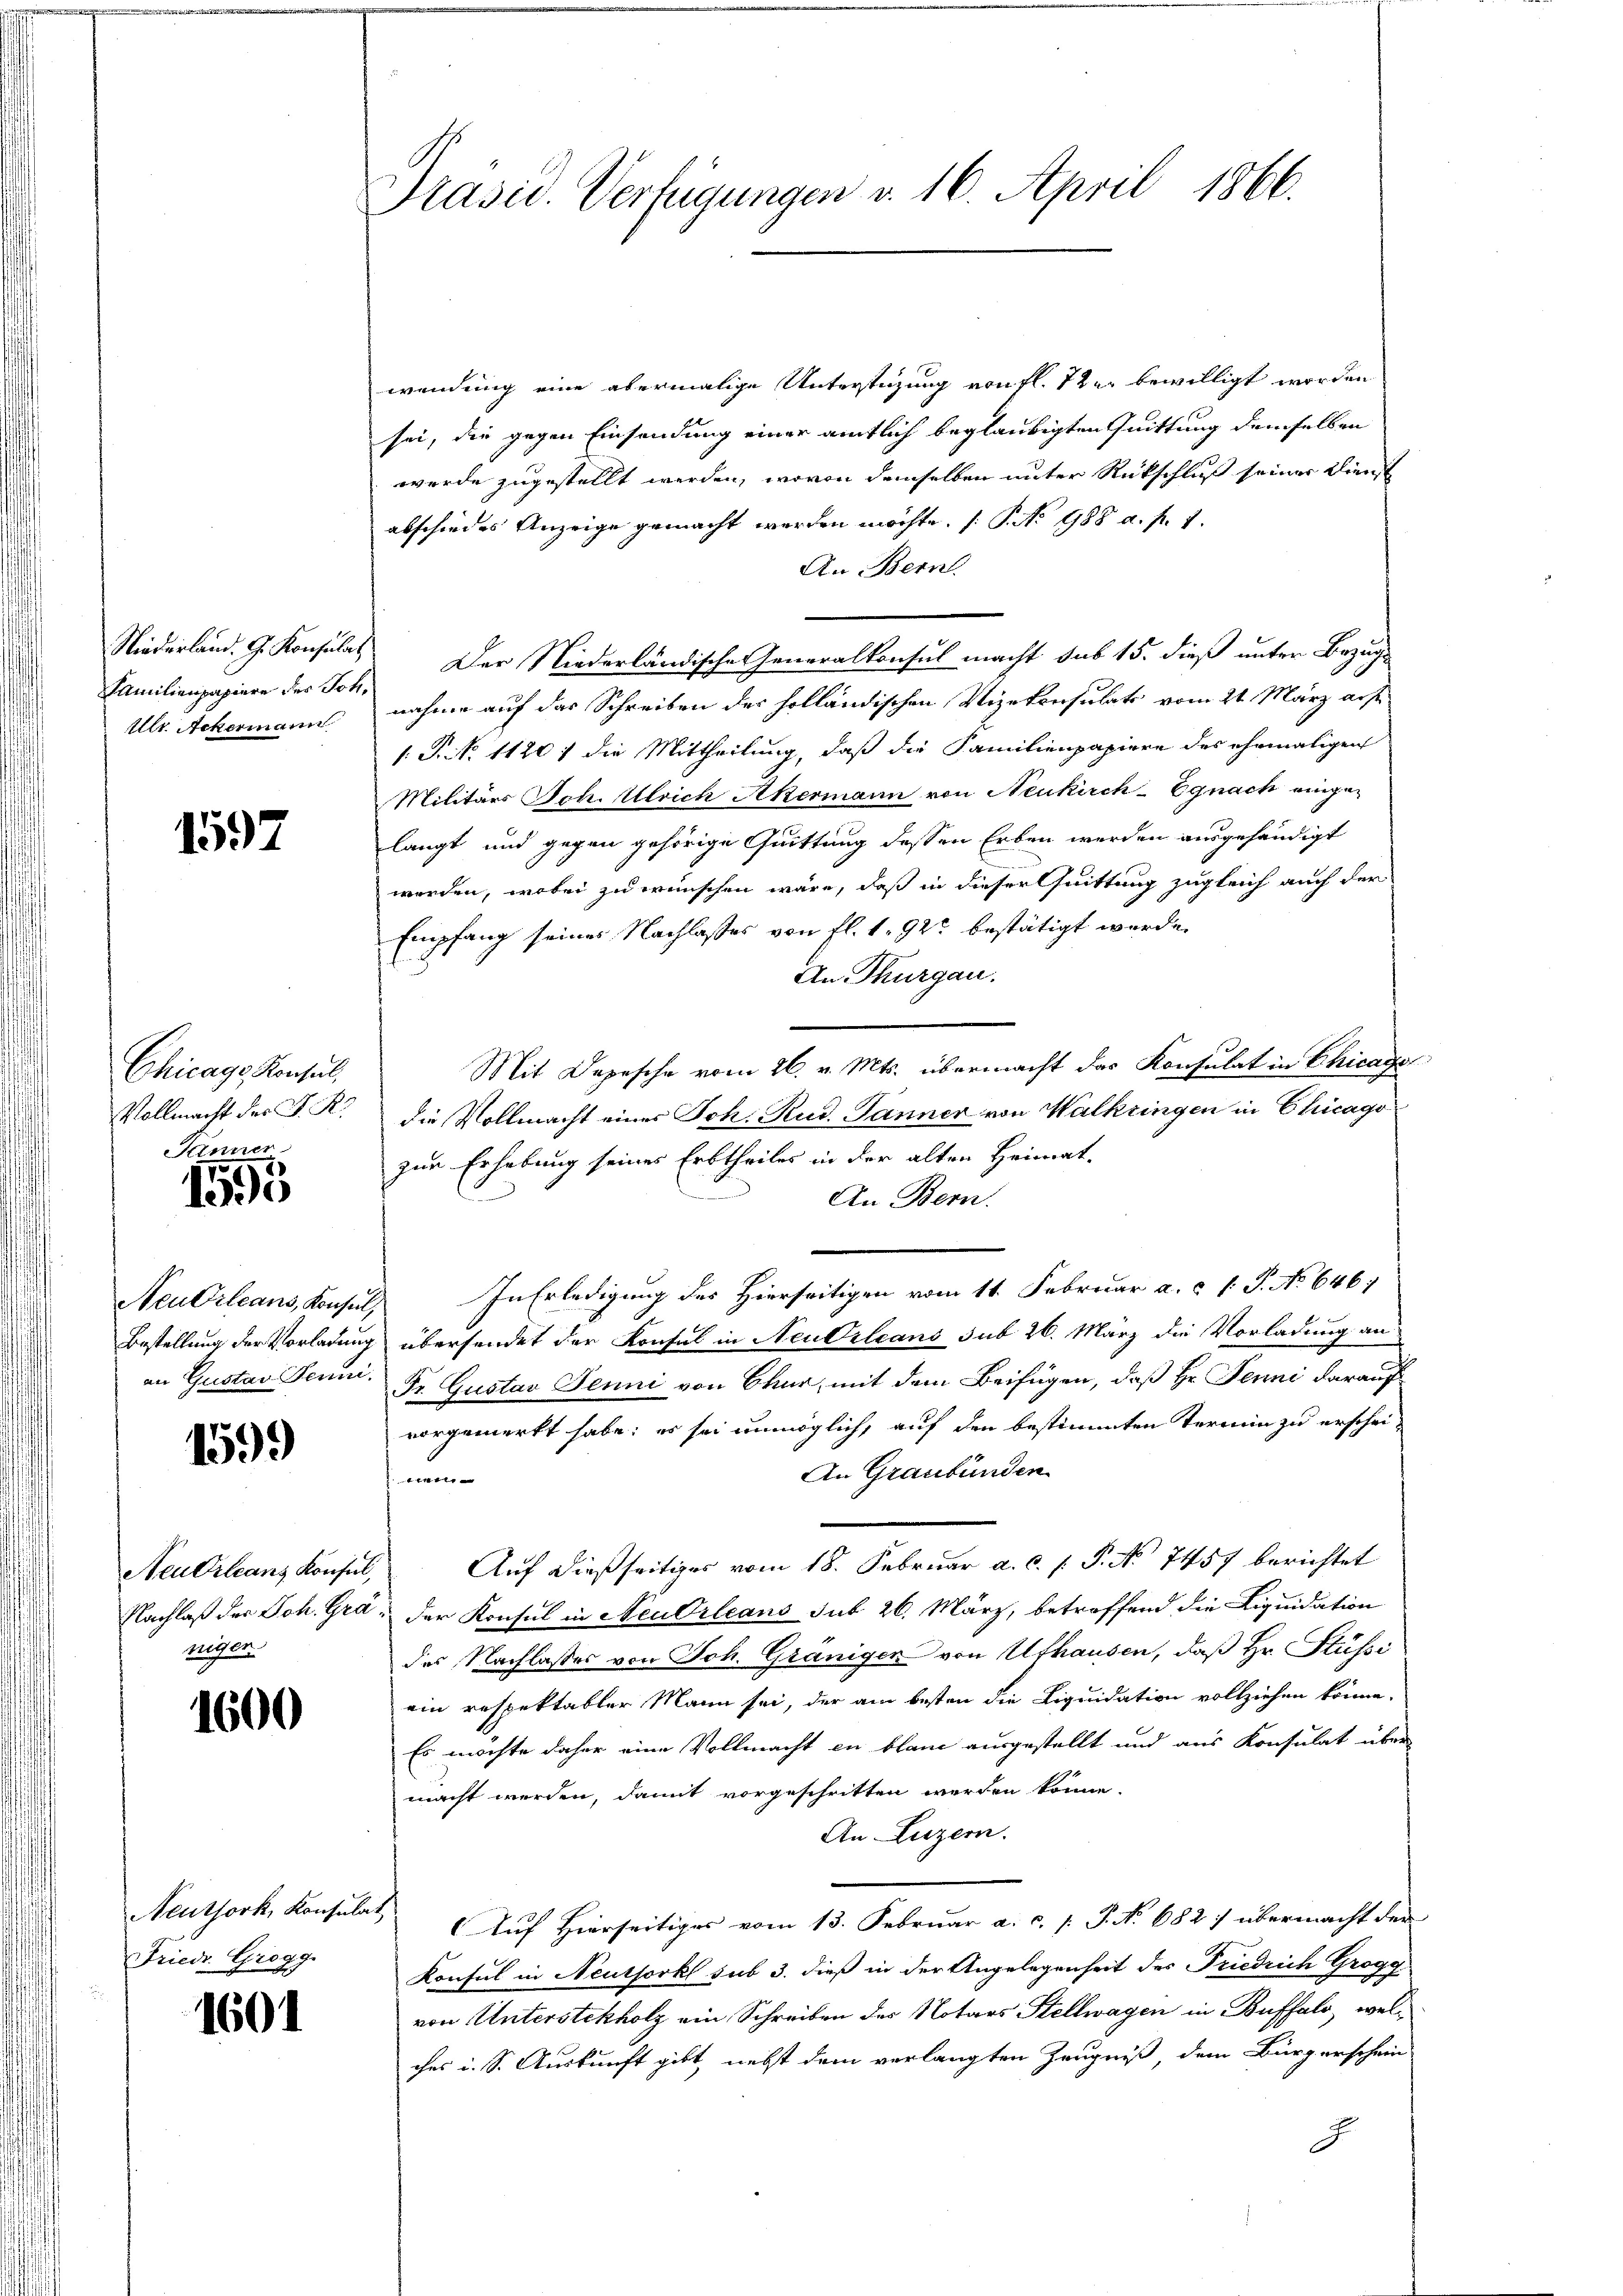
Familienpapiere des Joh.
Ulr. Ackermann

1597

Chicage Konsul,
Pänner

1595

Neu Orleans, Konsul

1599

Neu Orleans Konsul,
niger

1600

Neuthork, Konsulat
Friedr. Grogg

1601

Präsid. Verfügungen v. 16. April 1866.

wendung eine abermalige Unterstüzung von fl. 7ten bewilligt worden
sei, die gegen Einsendung einer amtlich beglaubigten Quittung demselben
werde zugestellt werden, wovon demselben unter Rückschluß seiner Dienst
abschiedes Anzeige gemacht werden möchte. (: P. No 988 a. p. 1.
An Bern.
Niederland. G. Konsulat Der Niederländische Generalkonsul macht sub 15. dieß unter Bezug
nahme auf das Schreiben der holländischen Vizekonsulats vom 21. März aus
: P. Nr. 1120 / die Mittheilung, daß die Familienpapiere des ehemaligen
Militärs Joh. Ulrich Akermann von Neukirch Egnach eingen
langt und gegen gehörige Quittung dessen Erben werden ausgehändigt
werden, wobei zu wünschen wäre, daß in dieser Quittung zugleich auch der
Empfang seines Nachlasses von fl. 1. 92 bestätigt werde.
An Thurgau.
Mit Depesche vom 26. v. Mts. übermacht das Konsulat in Chicago
Vollmacht des P. R. die Vollmacht eines Joh. Rud. Jänner von Walkringen in Chicago
zur Erhebung seines Erbtheiles in der alten Heimat-
An Bern.
In Erledigung der Hierseitigen vom 11. Februar a. c. 1 P. No 646;
e
Bestellung der Vorladung übersendet der Konsul in Neubileans sub 26. März die Vorladung an
an Gustav Feuer. Fr. Gustav Jenni von Chur, mit dem Beifügen, daß Hr. Jenni darauf
vorgemerkt habe; es sei unmöglich, auf den bestimmten Termin zu erschei-
An Graubünden
en
Auf dießseitiges vom 18. Februar a. c. 1 P. No 7457 berichtet
Nachlaß der Joh. Gra, der Konsul in Neubileans sub 26. März, betreffend die Liquidation
des Nachlasses von Joh. Gränigen von Ufhausen, daß Hr. Süssi
ein respektabler Mann sei, der am besten die Liquidation vollziehen könne.
Es möchte daher eine Vollmacht in blaue ausgestellt und aus Konsulat über
macht werden, damit vorgeschritten werden könne.
An Luzern.
Auf Hierseitiges vom 13. Februar a. c. [ P. No. 682 übermacht der
Konsul in Neuthorkl sub 3. dieß in der Angelegenheit des Friedrich Grogg
von Unterstekholz ein Schreiben des Notars Stellwagen in Buffalo, welches u. S. Auskunft gibt nebst dem verlangten Zeugniß, dem Bürgerschein
J